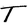
Character: T